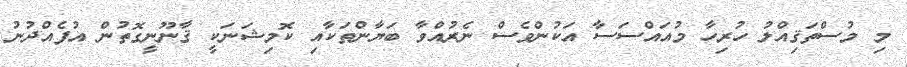
މި މުސްތަޤިއްލު ހުރިހާ މުއައްސަސާ އަކުންވެސް ނެރުއްވާ ބަޔާންތަކާއި ކޮމިޝަނަކީ ޤާނޫނީގޮތުން އުފެއްދުނު